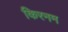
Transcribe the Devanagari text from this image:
किरनम